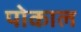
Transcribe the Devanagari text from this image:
पोकाल